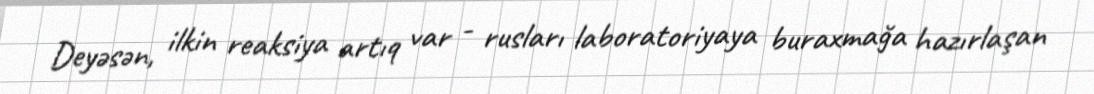
Deyəsən, ilkin reaksiya artıq var - rusları laboratoriyaya buraxmağa hazırlaşan